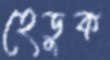
হেডুক